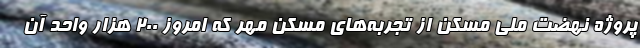
پروژه نهضت ملی مسکن از تجربه‌های مسکن مهر که امروز 200 هزار واحد آن